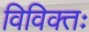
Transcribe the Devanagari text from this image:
विविक्तः